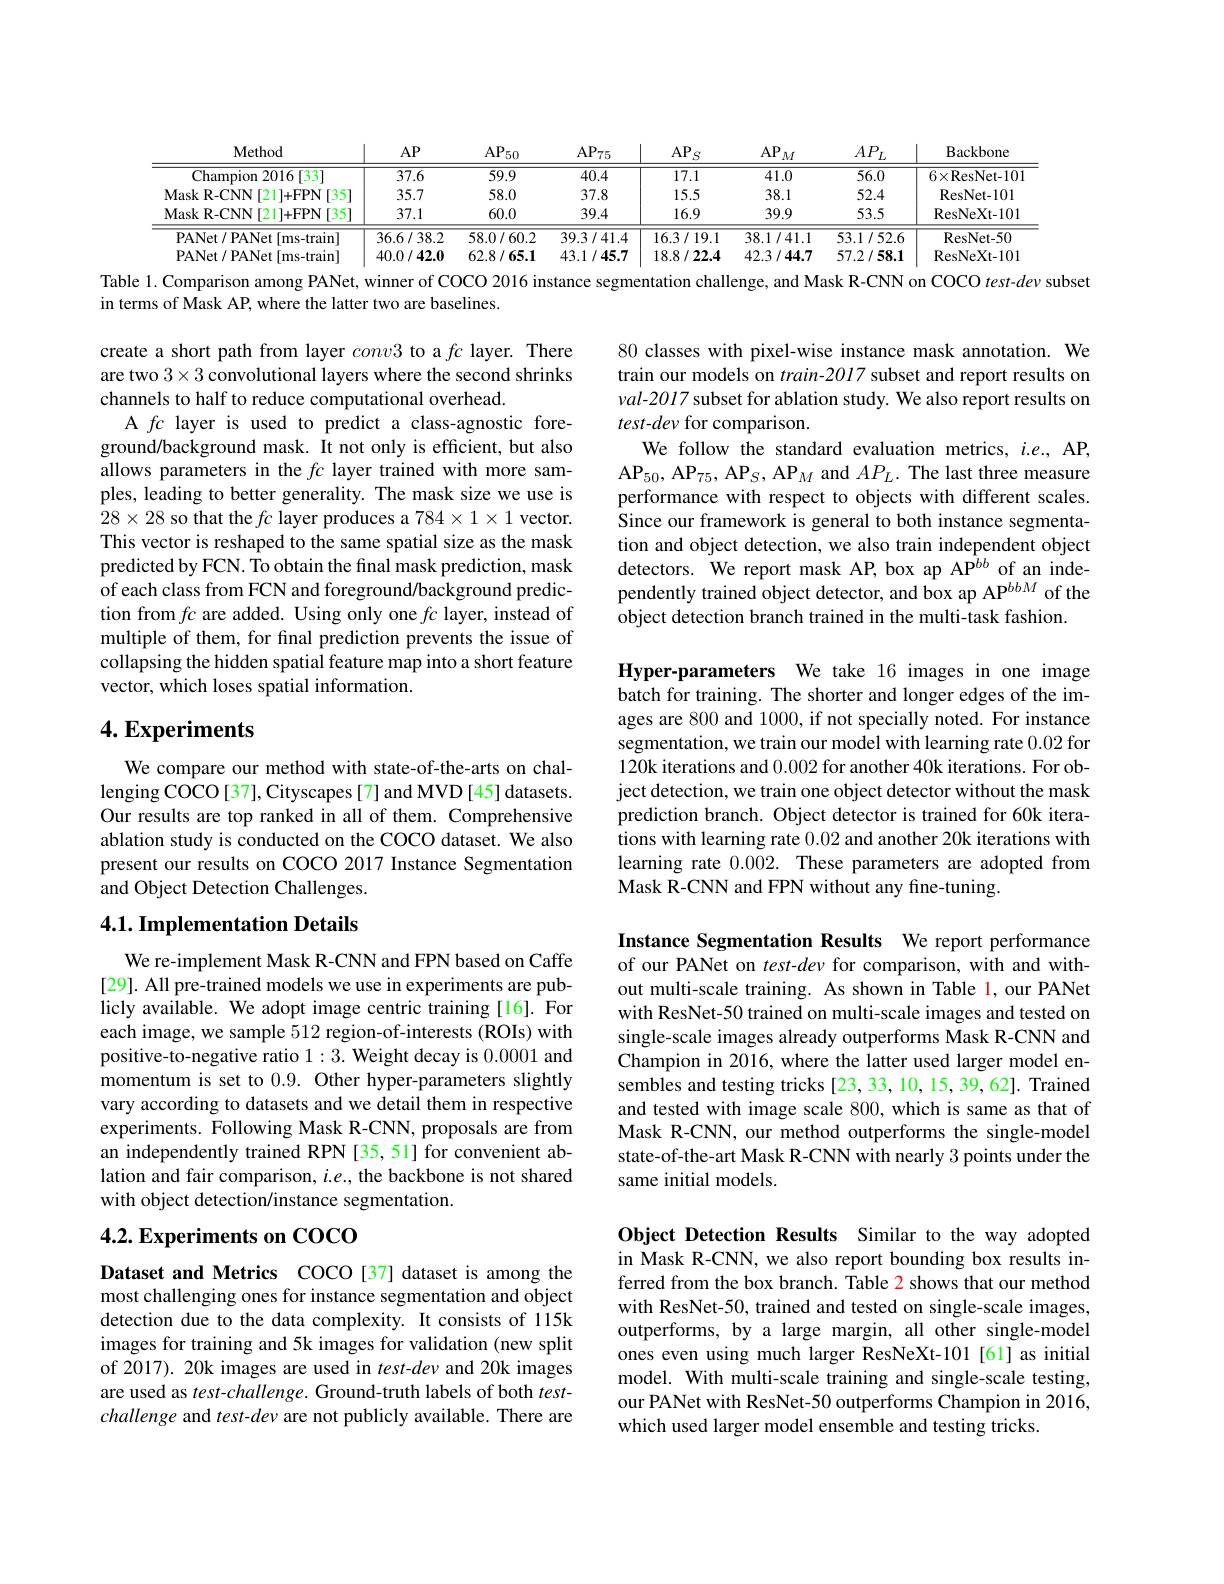
<table>
	<tbody>
		<tr>
			<th>Method</th>
			<th>$AP$</th>
			<th>$\mathrm{AP}_{50}$ 1</th>
			<th>$\mathrm{AP}_{75}$</th>
			<th>$AP_S$ </th>
			<th>$AP$ $M$</th>
			<th>$AP_{L}$</th>
			<th>Backbone</th>
		</tr>
		<tr>
			<td>Champion 2016[33]</td>
			<td>37.6</td>
			<td>59.9</td>
			<td>40.4</td>
			<td>17.1</td>
			<td>41.0</td>
			<td>56.0</td>
			<td>$6\times$ResNet-101</td>
		</tr>
		<tr>
			<td>Mask R- CNN [ 21] + FPN [ 35] </td>
			<td>35.7</td>
			<td></td>
			<td>37.8</td>
			<td>15.5</td>
			<td>38.1</td>
			<td>52.4</td>
			<td>ResNet- 101</td>
		</tr>
		<tr>
			<td>Mask R- CNN [ 21] + FPN [ 35] </td>
			<td>37.1</td>
			<td>60.0</td>
			<td>39.4</td>
			<td>16.9</td>
			<td>39.9</td>
			<td>53.5</td>
			<td>ResNeXt- 101</td>
		</tr>
		<tr>
			<td>PANet/ PANet [ms-train]</td>
			<td>36.6/38.2</td>
			<td>58.0/60.2</td>
			<td>39.3/41.4</td>
			<td>16.3/19.1</td>
			<td>38.1/41.1</td>
			<td>53.1/52.6</td>
			<td>ResNet- 50</td>
		</tr>
		<tr>
			<td>PANet / PANet [ ms-train] PANet/ PANet[ms-train]</td>
			<td>36.6/38.2 40.0/42.0</td>
			<td>58.0/60.2 62.8/65.1</td>
			<td>39.3/41.4 43.1/45.7</td>
			<td>16.3/19.1 18.8/22.4</td>
			<td>38.1/41.1 42.3/44.7</td>
			<td>53.1/52.6 57.2/58.1</td>
			<td>ResNet- 50 ResNeXt-101</td>
		</tr>
		<tr>
			<td>PANet/ PANet [ms-train]</td>
			<td>40.0/42.0</td>
			<td>62.8/65.1</td>
			<td>43.1/45.7</td>
			<td>18.8/22.4</td>
			<td>42.3/44.7</td>
			<td>57.2/58.1</td>
			<td>ResNeXt-101</td>
		</tr>
	</tbody>
</table>

Table 1. Comparison among PANet, winner of COCO 2016 instance segmentation challenge, and Mask R-CNN on COCO test-dev subset

in terms of Mask AP, where the latter two are baselines.

80 classes with pixel-wise instance mask annotation. We train our models on train-2017 subset and report results on val-2017 subset for ablation study. We also report results on $test-dev$ for comparison.
We follow the standard evaluation metrics, $i.e.$, AP, $\mathrm{AP}_{50},\mathrm{~AP}_{75},\mathrm{~AP}_{S},\mathrm{~AP}_{M}$ and $AP_L.$ The last three measure performance with respect to objects with different scales. Since our framework is general to both instance segmentation and object detection, we also train independent object detectors. We report mask AP, box ap AP$^{bb}$ of an independently trained object detector, and box ap AP^{bbM} of the object detection branch trained in the multi-task fashion.

create a short path from layer conv3 to a $fc$ layer. There are two $3\times3$ convolutional layers where the second shrinks channels to half to reduce computational overhead.
A $fc$ layer is used to predict a class-agnostic foreground/background mask. It not only is efficient, but also allows parameters in the $fc$ layer trained with more samples, leading to better generality. The mask size we use is $28\times28$ so that the $fc$ layer produces a $784\times1\times1$ vector. This vector is reshaped to the same spatial size as the mask predicted by FCN. To obtain the final mask prediction, mask of each class from FCN and foreground/background prediction from $fc$ are added. Using only one $fc$ layer, instead of multiple of them, for final prediction prevents the issue of collapsing the hidden spatial feature map into a short feature vector, which loses spatial information.

## $4. \textbf{Experiments}$

Hyper-parameters We take 16 images in one image batch for training. The shorter and longer edges of the images are 800 and 1000, if not specially noted. For instance segmentation, we train our model with learning rate 0.02 for 120k iterations and 0.002 for another 40k iterations. For object detection, we train one object detector without the mask prediction branch. Object detector is trained for 60k iterations with learning rate 0.02 and another 20k iterations with learning rate 0.002. These parameters are adopted from Mask R-CNN and FPN without any fine-tuning.

We compare our method with state-of-the-arts on challenging COCO[37], Cityscapes[7] and MVD[45] datasets. Our results are top ranked in all of them. Comprehensive ablation study is conducted on the COCO dataset. We also present our results on COCO 2017 Instance Segmentation and Object Detection Challenges.

## 4.1. Implementation Details

Instance Segmentation Results We report performance of our PANet on test-dev for comparison, with and without multi-scale training. As shown in Table 1, our PANet with ResNet-50 trained on multi-scale images and tested on single-scale images already outperforms Mask R-CNN and Champion in 2016, where the latter used larger model ensembles and testing tricks [23, 33, 10, 15, 39, 62]. Trained and tested with image scale 800, which is same as that of Mask R-CNN, our method outperforms the single-model state-of-the-art Mask R-CNN with nearly 3 points under the same initial models

We re-implement Mask R-CNN and FPN based on Caffe [29]. All pre-trained models we use in experiments are publicly available. We adopt image centric training [16]. For each image, we sample $\hat{512}$ region-of-interests(ROIs) with positive-to-negative ratio 1:3. Weight decay is 0.0001 and momentum is set to 0.9. Other hyper-parameters slightly vary according to datasets and we detail them in respective experiments. Following Mask R-CNN, proposals are from an independently trained RPN [35,51] for convenient ablation and fair comparison, $i.e.$, the backbone is not shared with object detection/instance segmentation.

## 4.2. Experiments on COCO

Object Detection Results Similar to the way adopted in Mask R-CNN, we also report bounding box results inferred from the box branch. Table 2 shows that our method with ResNet-50, trained and tested on single-scale images, outperforms, by a large margin, all other single-model ones even using much larger ResNeXt-101 [61] as initial model. With multi-scale training and single-scale testing, our PANet with ResNet-50 outperforms Champion in 2016, which used larger model ensemble and testing tricks.

Dataset and Metrics COCO[37] dataset is among the most challenging ones for instance segmentation and object detection due to the data complexity. It consists of 115k images for training and 5k images for validation (new split of 2017). 20k images are used in $test-dev$ and 20k images are used as test-challenge. Ground-truth labels of both $test-$ challenge and test-dev are not publicly available. There are